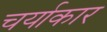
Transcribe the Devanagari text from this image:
चर्याकार